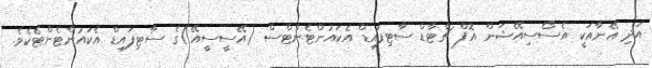
އަދި އޭނާއަކީ އެސޯސިއޭޝަން އޮފް ޗާޓާޑް ސާޓިފައިޑް އެކައުންޓެންޓްސް (އޭސީސީއޭ)ގެ ސާޓިފައިޑް އެކައުންޓެންޓެކެވެ.